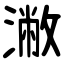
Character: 潎